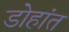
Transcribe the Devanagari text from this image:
डोहांत